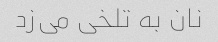
نان به تلخی می‌زد